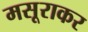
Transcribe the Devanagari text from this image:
मसूराकर